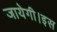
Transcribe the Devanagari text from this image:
जायेगी।इस